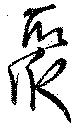
聚